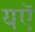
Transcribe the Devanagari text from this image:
यऍ